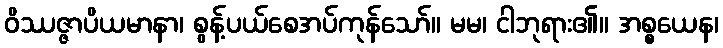
ဝိဿဇ္ဇာပိယမာနာ၊ စွန့်ပယ်စေအပ်ကုန်သော်။ မမ၊ ငါဘုရား၏။ အစ္စယေန၊